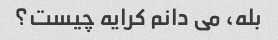
بله، می دانم کرایه چیست؟